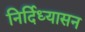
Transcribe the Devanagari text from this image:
निर्दिध्यासन